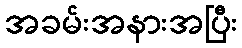
အခမ်းအနားအပြီး